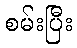
စမ်းပြီး